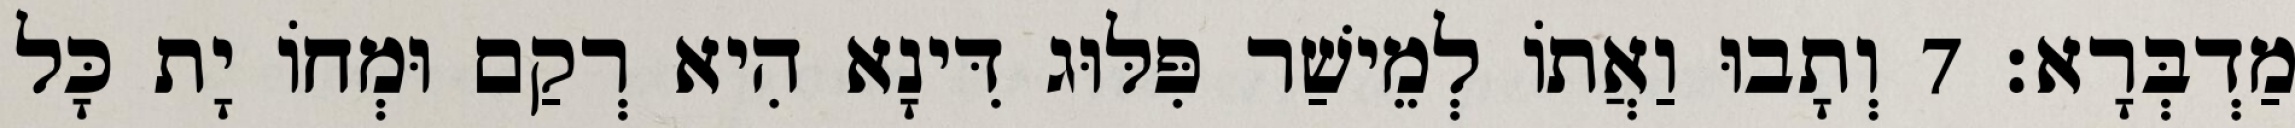
מַדְבְּרָא׃ 7 וְתָבוּ וַאֲתוֹ לְמֵישַׁר פִּלּוּג דִּינָא הִיא רְקַם וּמְחוֹ יָת כָּל